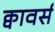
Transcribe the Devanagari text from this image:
क्वावर्स